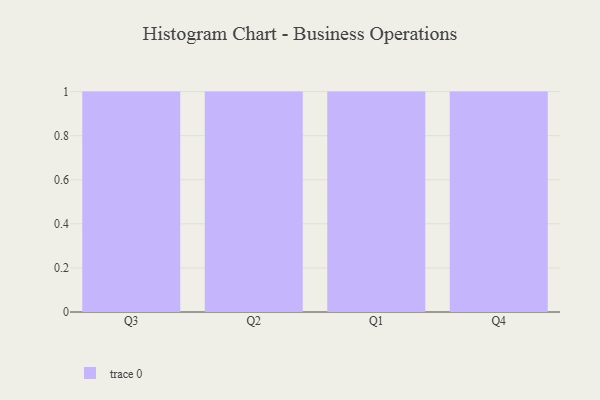
{"axis": {"x": "Quarter", "y": "Churn Rate (%)"}, "legend": [""], "data": [{"x": "Q3", "y": 15, "type": ""}, {"x": "Q2", "y": 18, "type": ""}, {"x": "Q1", "y": 28, "type": ""}, {"x": "Q4", "y": 16, "type": ""}]}